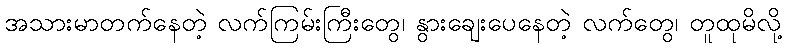
အသားမာတက်နေတဲ့ လက်ကြမ်းကြီးတွေ၊ နွားချေးပေနေတဲ့ လက်တွေ၊ တူထုမိလို့